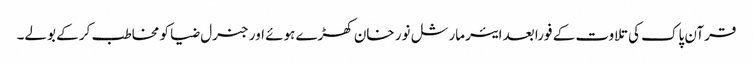
قرآن پاک کی تلاوت کے فورا بعد ایئرمارشل نور خان کھڑے ہوئے اور جنرل ضیا کو مخاطب کر کے بولے۔